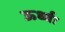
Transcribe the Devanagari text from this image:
ऊर्ध्वः